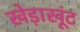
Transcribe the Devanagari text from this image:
खेड़ाखूंट